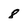
Character: 8